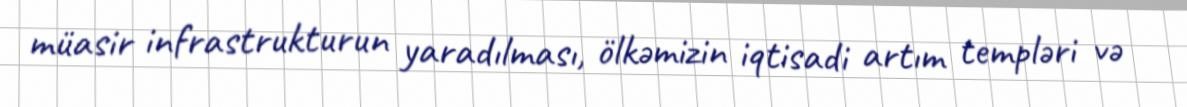
müasir infrastrukturun yaradılması, ölkəmizin iqtisadi artım templəri və